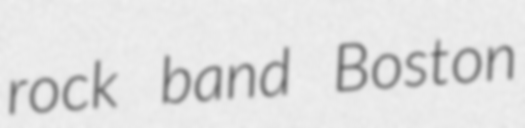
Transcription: rock band Boston